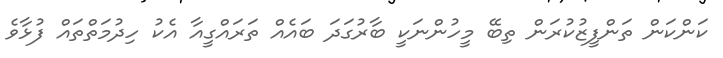
ކަންކަން ތަންފީޒުކުރަން ތިބޭ މީހުންނަކީ ބާރުގަދަ ބައެއް ތަރައްގީއާ އެކު ހިދުމަތްތައް ފުޅާވެ